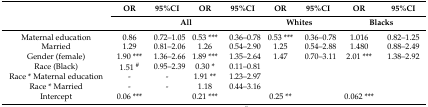
| <ROWSPAN=2>  | OR | 95%CI | OR | 95%CI | OR | 95%CI | OR | 95%CI |
 | <COLSPAN=4> All | <COLSPAN=2> Whites | <COLSPAN=2> Blacks |
 | --- | --- | --- | --- | --- | --- | --- | --- | --- |
 | Maternal education | 0.86 | 0.72–1.05 | 0.53 *** | 0.36–0.78 | 0.53 *** | 0.36–0.78 | 1.016 | 0.82–1.25 |
 | Married | 1.29 | 0.81–2.06 | 1.26 | 0.54–2.90 | 1.25 | 0.54–2.88 | 1.480 | 0.88–2.49 |
 | Gender (female) | 1.90 *** | 1.36–2.66 | 1.89 *** | 1.35–2.64 | 1.47 | 0.70–3.11 | 2.01 *** | 1.38–2.92 |
 | Race (Black) | 1.51 # | 0.95–2.39 | 0.30 * | 0.11–0.81 |  |  |  |  |
 | Race * Maternal education | - | - | 1.91 ** | 1.23–2.97 |  |  |  |  |
 | Race * Married | - | - | 1.18 | 0.44–3.16 |  |  |  |  |
 | Intercept | 0.06 *** |  | 0.21 *** |  | 0.25 ** |  | 0.062 *** |  |